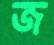
জ